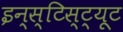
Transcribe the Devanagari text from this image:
इन्स्टिस्ट्यूट